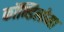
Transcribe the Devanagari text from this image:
कॉन्डिलोमा